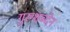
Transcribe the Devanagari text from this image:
गुरुशब्देन